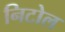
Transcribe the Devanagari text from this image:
निटोल